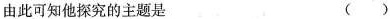
由此可知他探究的主题是 ( )